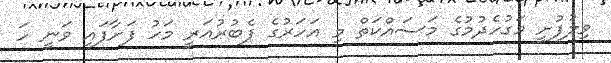
ވިލުފުށީ މަގުހެދުމުގެ މަސައްކަތް މި އަހަރުގެ ފެބުރުއަރީ މަހު ފަށާފައި ވަނީ ހަ